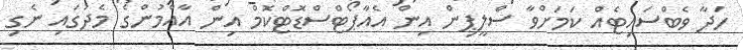
ހަދާ ވެބްސައިޓެއް ކަމަށްވާ ސްލީޕިން އިން އެއާޕޯޓްސްޑޮޓްކޮމް އިން އާއްމުންގެ މެދުގައި ނެގި